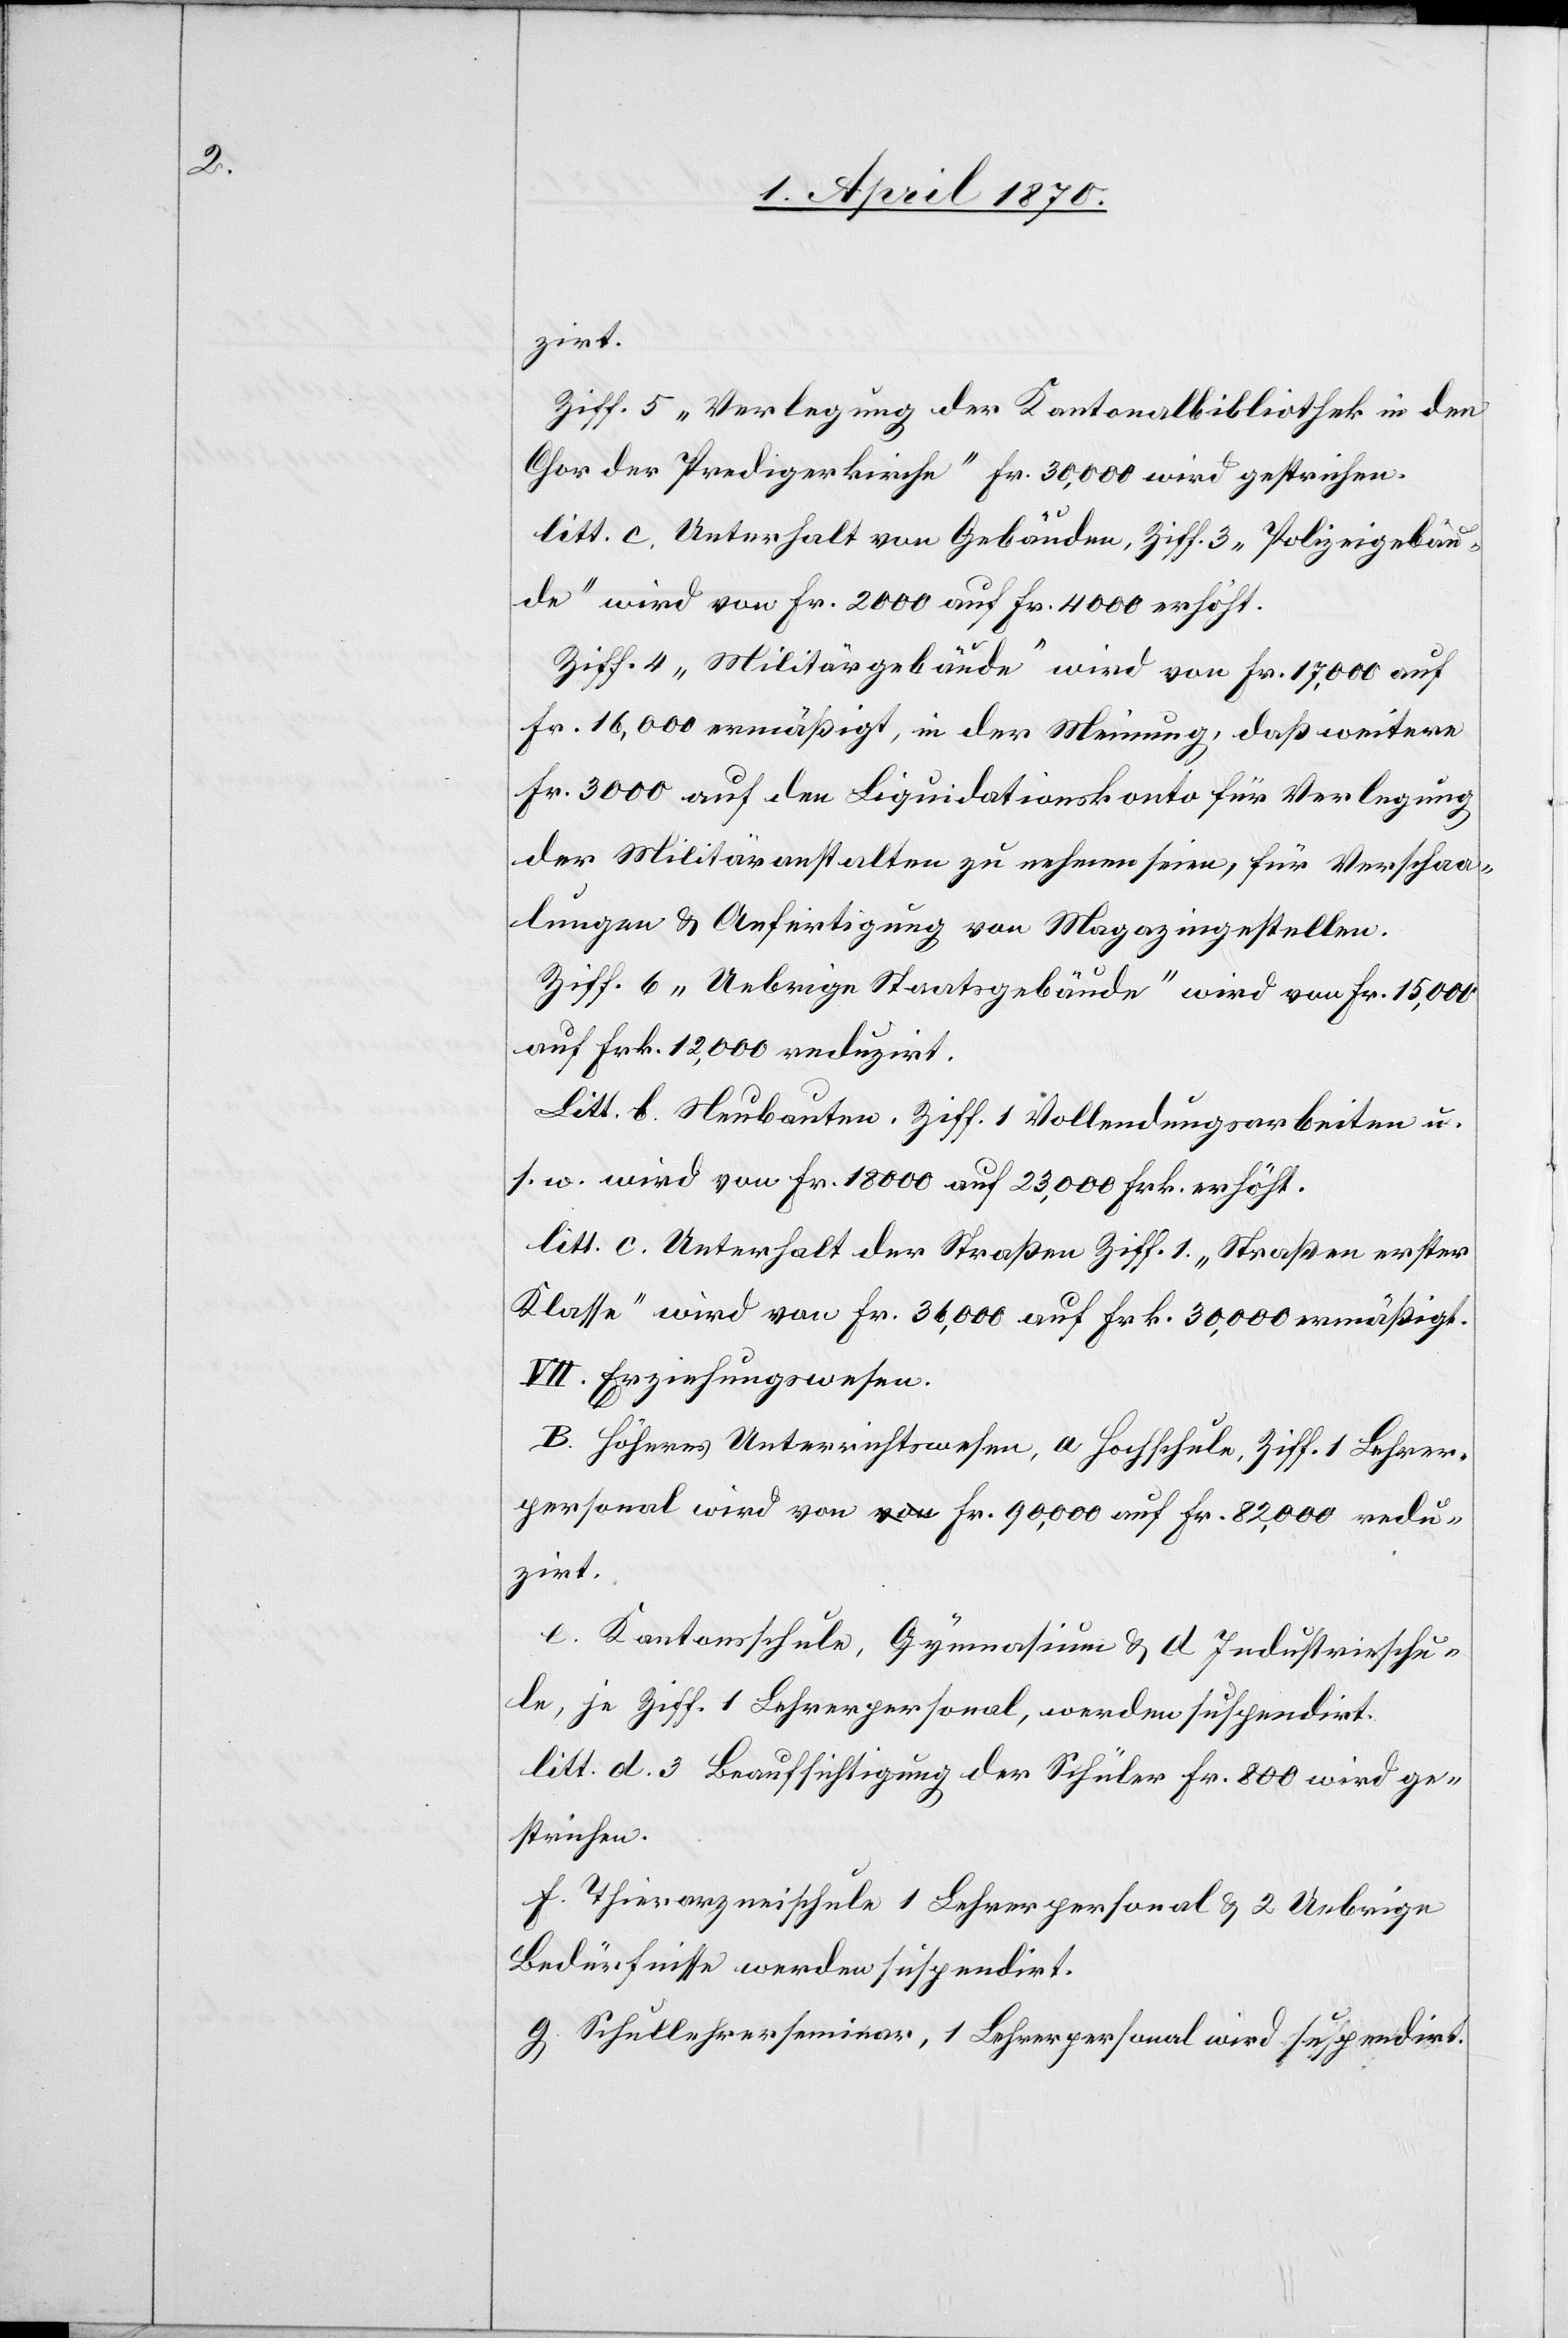
zirt.
Ziff. 5 „Verlegung der Kantonalbibliothek in den
Chor der Predigerkirche“ Fr. 30,000 wird gestrichen.
litt. c. Unterhalt von Gebäuden, Ziff. 3 „Polizeigebäu¬
de“ wird von Fr. 2000 auf Fr. 4000 erhöht.
Ziff. 4 „Militärgebäude“ wird von Fr. 17,000 auf
Fr. 16,000 ermäßigt, in der Meinung, daß weitere
Fr. 3000 auf den [sic!] Liquidationskonto für Verlegung
der Militäranstalten zu nehmen seien, für Verschaa¬
lungen & Anfertigung von Magazingestellen.
Ziff. 6 „Uebrige Staatsgebäude“ wird von Fr. 15,000
auf Frk. 12,000 reduzirt.
Litt. b. Neubauten, Ziff. 1 Vollendungsarbeiten u.
s. w. wird von Fr. 18,000 auf 23,000 Frk. ermäßigt.
VII. Erziehungswesen.
B. Höheres Unterrichtswesen, a Hochschule, Ziff. 1 Lehrer¬
personal wird von Fr. 90,000 auf Fr. 82,000 redu¬
zirt.
e. Kantonsschule, Gymnsium & d Industrieschu¬
le, je Ziff. 1 Lehrerpersonal, werden suspendirt.
litt. d. 3 Beaufsichtigung der Schüler Fr. 800 wird ge¬
strichen.
f. Thierarzneischule 1 Lehrerpersonal & 2 Uebrige
Bedürfnisse werden suspendirt.
g. Schullehrerseminar, 1 Lehrerpersonal wird suspendirt.